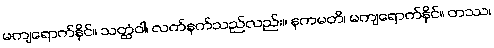
မကျရောက်နိုင်။ သတ္ထံဝါ၊ လက်နက်သည်လည်း။ နကမတိ၊ မကျရောက်နိုင်။ တဿ၊